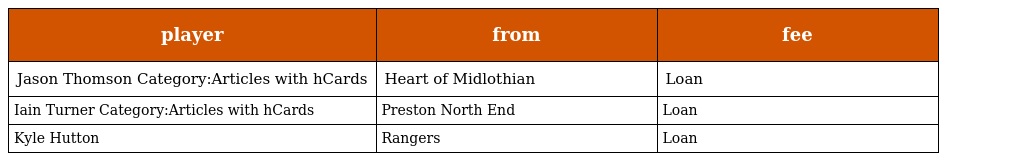
| player | from | fee |
 | --- | --- | --- |
 | Jason Thomson Category:Articles with hCards | Heart of Midlothian | Loan |
 | Iain Turner Category:Articles with hCards | Preston North End | Loan |
 | Kyle Hutton | Rangers | Loan |